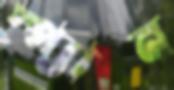
স্প্যান